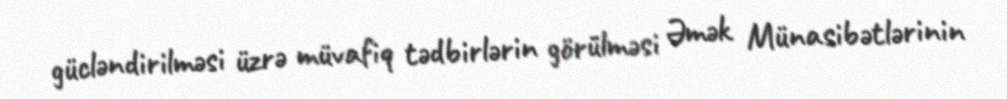
gücləndirilməsi üzrə müvafiq tədbirlərin görülməsi Əmək Münasibətlərinin